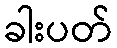
ခါးပတ်